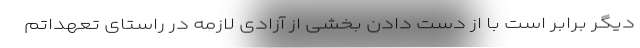
دیگر برابر است با از دست دادن بخشی از آزادی لازمه در راستای تعهداتم